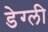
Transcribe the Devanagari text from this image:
डेग्ली